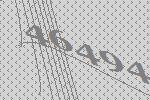
46494